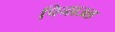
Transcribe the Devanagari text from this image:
पिनाउल